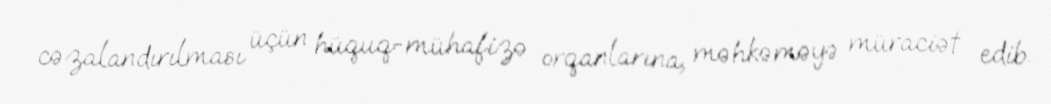
cəzalandırılması üçün hüquq-mühafizə orqanlarına, məhkəməyə müraciət edib.